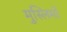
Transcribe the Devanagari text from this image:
मुस्लिमोँ